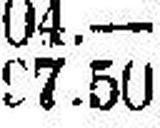
97.50